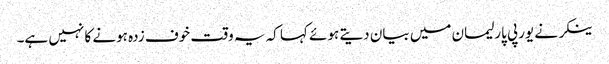
ینکر نے یورپی پارلیمان میں بیان دیتے ہوئے کہا کہ یہ وقت خوف زدہ ہونے کا نہیں ہے۔